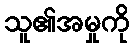
သူ၏အမှုကို